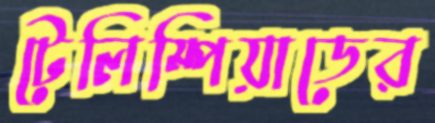
টেলিম্পিয়াডের